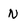
Character: N